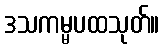
ဒသကမ္မပထသုတ်။